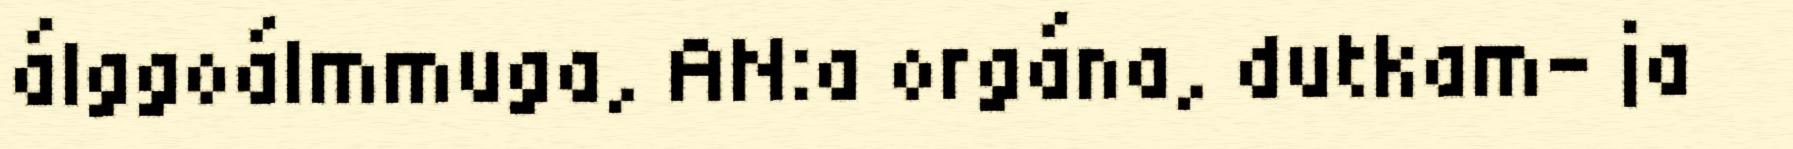
álggoálmmuga, AN:a orgána, dutkam- ja